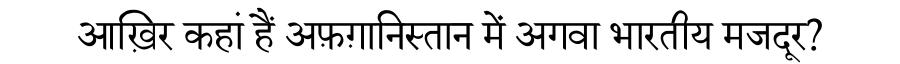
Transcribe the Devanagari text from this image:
आख़िर कहां हैं अफ़ग़ानिस्तान में अगवा भारतीय मजदूर?